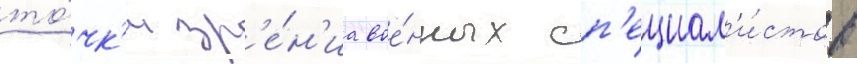
то́чк'и зр'е́н'иа вое́нных сп'ециал'и́стов